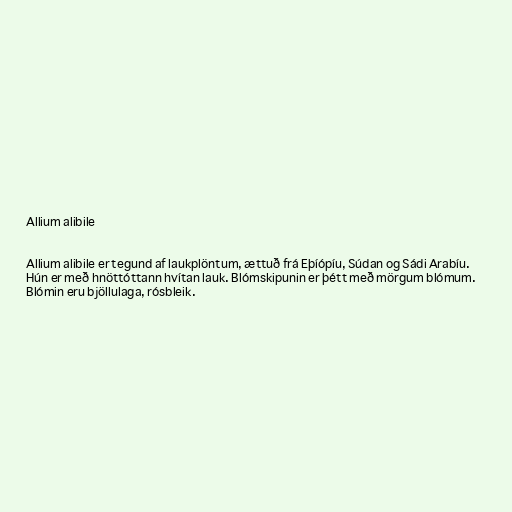
Allium alibile

Allium alibile er tegund af laukplöntum, ættuð frá Eþíópíu, Súdan og Sádi Arabíu.
Hún er með hnöttóttann hvítan lauk. Blómskipunin er þétt með mörgum blómum.
Blómin eru bjöllulaga, rósbleik.